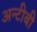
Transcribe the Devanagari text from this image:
अन्टीबी